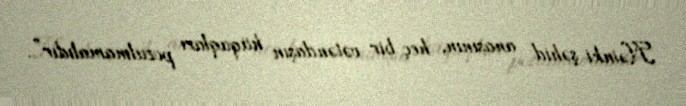
Nəinki şəhid anasının, heç bir vətəndaşın hüquqları pozulmamalıdır”.